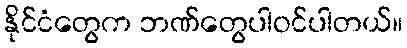
နိုင်ငံတွေက ဘဏ်တွေပါဝင်ပါတယ်။